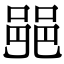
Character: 𨛜